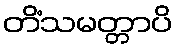
တိံသမတ္တာပိ